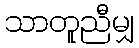
သာတူညီမျှ